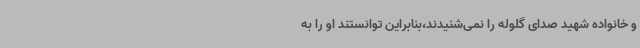
و خانواده شهید صدای گلوله را نمی‌شنیدند،بنابراین توانستند او را به